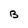
Character: B